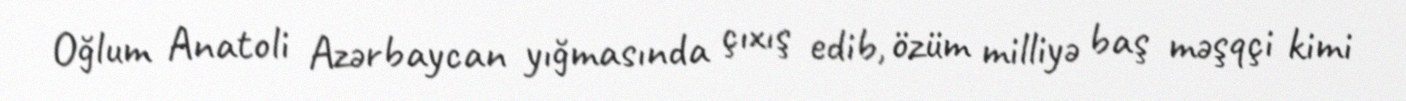
Oğlum Anatoli Azərbaycan yığmasında çıxış edib, özüm milliyə baş məşqçi kimi